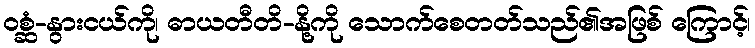
ဝစ္ဆံ-နွားငယ်ကို၊ ဓာယတီတိ-နို့ကို သောက်စေတတ်သည်၏အဖြစ် ကြောင့်၊